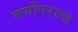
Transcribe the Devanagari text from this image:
मर्णोपरान्त